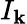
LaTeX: I_{\mathbf{k}}